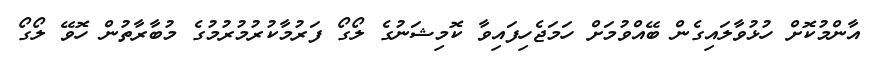
އާންމުކޮށް ހުޅުވާލައިގެން ބޭއްވުމަށް ހަމަޖެހިފައިވާ ކޮމިޝަނުގެ ލޯގޯ ފަރުމާކުރުމުރުމުގެ މުބާރާތުން ހޮވޭ ލޯގޯ